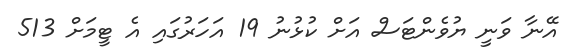
އޭނާ ވަނީ ޔުވެންޓަސް އަށް ކުޅުނު 19 އަހަރުގައި އެ ޓީމަށް 513